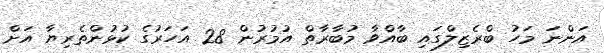
އަންނަ މަހު ބްރެޒިލްގައި ބާއްވާ މުބާރާތް އުމުރުން 28 އަހަރުގެ ކުޅުންތެރިޔާ އަށް